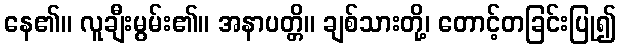
နေ၏။ လူချီးမွမ်း၏။ အနာပတ္တိ။ ချစ်သားတို့၊ တောင့်တခြင်းပြု၍